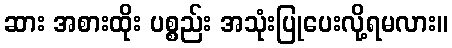
ဆား အစားထိုး ပစ္စည်း အသုံးပြုပေးလို့ရမလား။